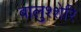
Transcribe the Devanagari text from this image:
बालुश्शेरि